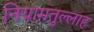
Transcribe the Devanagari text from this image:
नियामतुल्लाह